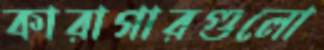
কারাগারগুলো